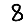
Digit: 8